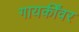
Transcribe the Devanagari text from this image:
गायकींवर